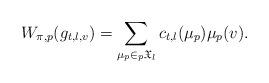
LaTeX: \begin{align*}W_{\pi,p}(g_{t,l,v}) = \sum_{\mu_p\in {}_p\mathfrak{X}_l}c_{t,l}(\mu_p)\mu_p(v). \end{align*}